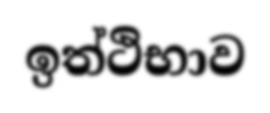
ඉත්ථිභාව